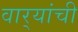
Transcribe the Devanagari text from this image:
वार्‍यांची